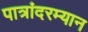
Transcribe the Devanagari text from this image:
पात्रांदरम्यान